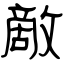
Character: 敵